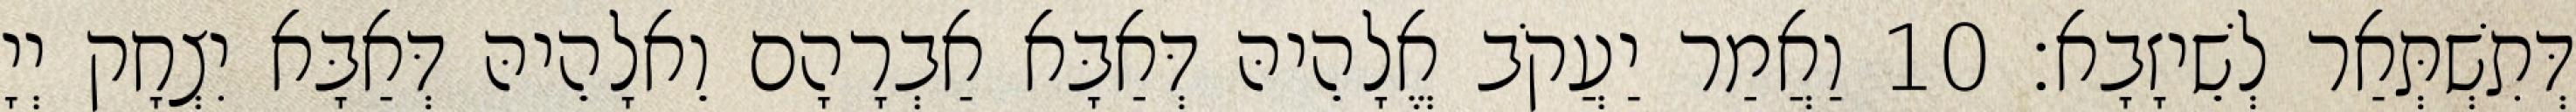
דְּתִשְׁתְּאַר לְשֵׁיזָבָא׃ 10 וַאֲמַר יַעֲקֹב אֱלָהֵיהּ דְּאַבָּא אַבְרָהָם וֵאלָהֵיהּ דְּאַבָּא יִצְחָק יְיָ